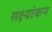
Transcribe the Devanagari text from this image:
सक्ष्यांकन